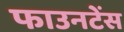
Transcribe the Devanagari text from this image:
फाउनटेंस